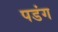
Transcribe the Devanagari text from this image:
पडंग